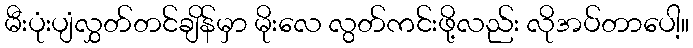
မီးပုံးပျံလွှတ်တင်ချိန်မှာ မိုးလေ လွတ်ကင်းဖို့လည်း လိုအပ်တာပေါ့။